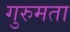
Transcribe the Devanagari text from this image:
गुरुमता